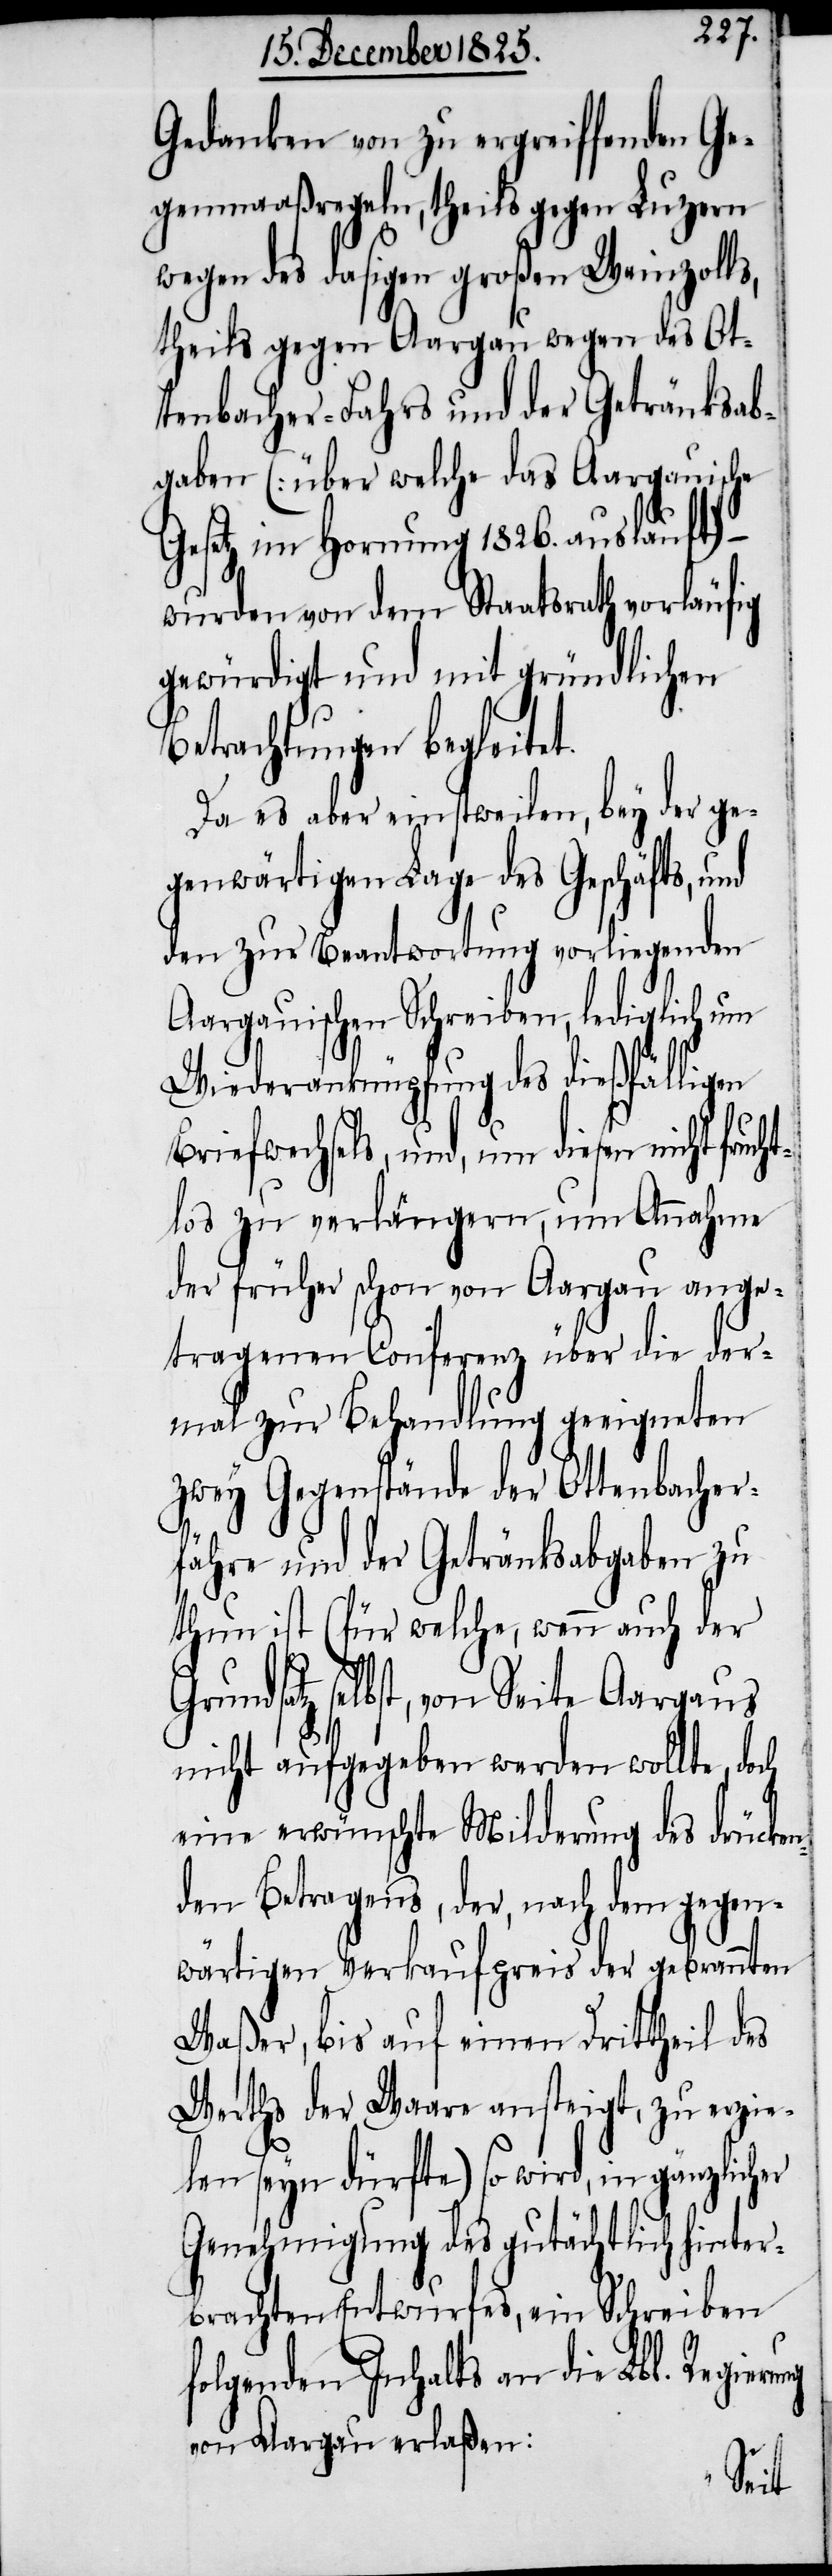
Gedanken von zu ergreiffenden Ge¬
genmaaßregeln, theils gegen Luzern
wegen des dasigen großen Weinzolls,
theils gegen Aargau wegen des Ot¬
tenbacher-Fahrs und der Getränksab¬
gaben [über welche das Aargauische
Gesetz im Hornung 1826. auslauft]
wurden von dem Staatsrath vorläufig
gewürdigt und mit gründlichen
Betrachtungen begleitet.
Da es aber einstweilen, bey der ge¬
genwärtigen Lage des Geschäfts, und
den zur Beantwortung vorliegenden
Aargauischen Schreiben, lediglich zur
Wiederanknüpfung des dießfälligen
Briefwechsels, und, um diesen nicht fruch¬
tlos zu verlängern, um Annahme
der früher schon von Aargau ange¬
tragenen Conferenz über die der¬
mal zur Behandlung geeigneten
zwey Gegenstände der Ottenbacher¬
fähre und der Getränksabgaben zu
thun ist (für welche, wenn auch der
rundsatz selbst, von Seite Aargaus
nicht aufgegeben werden wollte, doch
eine erwünschte Milderung des drücken¬
den Betragens, der, nach dem gegen¬
wärtigen Verkaufspreis der gebrannten
Waßer, bis auf einen Drittheil des
Werths der Waare ansteigt, zu erzie¬
len seyn dürfte) so wird, in gänzlicher
Genehmigung des gutächtlich hinter¬
brachten Entwurfes, ein Schreiben
folgenden Inhalts an die Lbl. Regier¬
von Aargau erlaßen:
ung